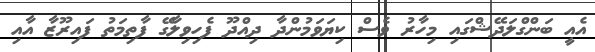
އެއީ ބަންގްލަދޭޝްގައި މިހާރު ވެސް ކިޔަވަމުންދާ ދިއްދޫ ފެހިވިލާގޭ ފާތިމަތު ފައިރޫޒާ އާއި